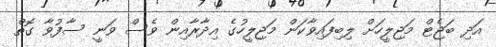
އަދި ބަޖެޓް މަޖިލީހަށް ލިބިފައިވާކަން މަޖިލީހުގެ އިދާރާއިން ވެސް ވަނީ ސާފުވާ ގޮތް